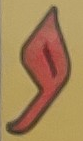
و